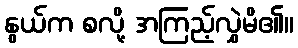
နွယ်က စလို့ အကြည့်လွှဲမိ၏။